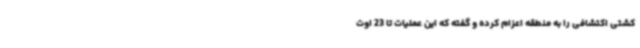
کشتی اکتشافی را به منطقه اعزام کرده و گفته که این عملیات تا 23 اوت